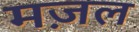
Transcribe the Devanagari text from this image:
मज़ल